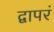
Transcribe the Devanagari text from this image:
द्वापरं